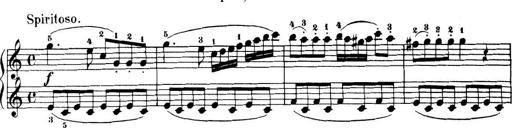
Title: 32 Sonatinas and Rondos for the Piano
Composer: Richard Kleinmichel